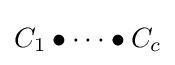
C_{1}\bullet \dots \bullet C_{c}